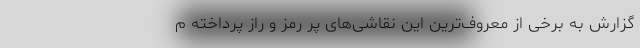
گزارش به برخی از معروف‌ترینِ این نقاشی‌های پر رمز و راز پرداخته م